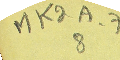
MK2A-78